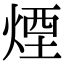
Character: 煙